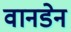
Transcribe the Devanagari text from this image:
वानडेन